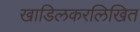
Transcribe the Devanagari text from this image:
खाडिलकरलिखित